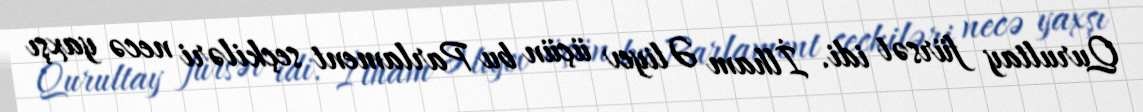
Qurultay fürsət idi. İlham Əliyev üçün bu Parlament seçkiləri necə yaxşı